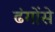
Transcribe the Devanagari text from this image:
ढंगोंसे